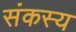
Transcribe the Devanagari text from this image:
संकस्य